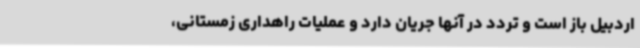
اردبیل باز است و تردد در آنها جریان دارد و عملیات راهداری زمستانی،